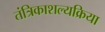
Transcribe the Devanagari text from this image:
तंत्रिकाशल्यक्रिया